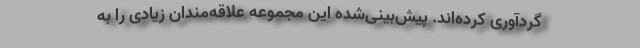
گردآوری کرده‌اند. پیش‌بینی‌شده این مجموعه علاقه‌مندان زیادی را به